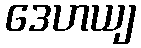
ဒေဟယျ